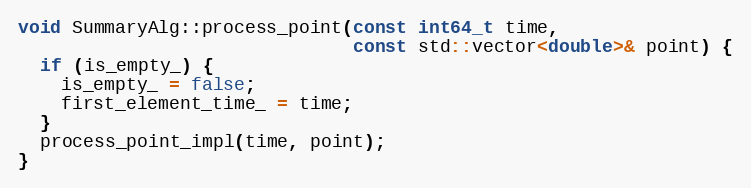
Language: C++
void SummaryAlg::process_point(const int64_t time,
                               const std::vector<double>& point) {
  if (is_empty_) {
    is_empty_ = false;
    first_element_time_ = time;
  }
  process_point_impl(time, point);
}